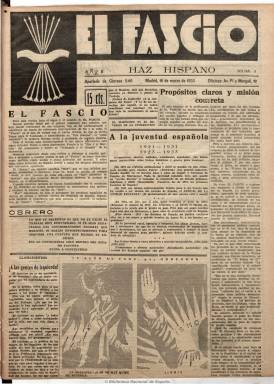
Título: El Fascio (Madrid)
Colección: Fascismo
Ámbito geográfico: Madrid
Lugar de publicación: Madrid
Fechas: 16/03/1933-16/03/1933

Revista efímera, subtitulada “haz hispano” con el yugo y las flechas en su cabecera, que publica un solo número y que apenas tuvo difusión al ser retirada casi íntegramente su edición por la policía de la República y sufrir el boicot de los vendedores, y que fue prohibido que continuara publicándose. Aparece al mes y medio de arrebatar Hitler el poder a la socialdemocracia en Alemania, y lo hace para propagar la doctrina del fascismo y unir en la acción a los falangistas y jonsistas españoles liderados por José Antonio Primo de Rivera y Ramiro Ledesma Ramos, respectivamente.

De dieciséis páginas, fue dirigida por Manuel Delgado Barreto (1879-1936), director del periódico La nación, que había sido portavoz oficioso de la dictadura del general Miguel Primo de Rivera. Además de pedir a los fascistas españoles que se agruparan en “juntas de ofensa y defensa contra los enemigos de España”, que no eran otros que el “disolvente” comunismo y la masonería, se mofa del liberalismo y la democracia y acusa a los socialistas de pretender imponer una dictadura. Muestra su admiración por Mussolini y Hitler y defiende la formación de un Estado gremial y corporativo, es decir, nacional-sindicalista y católico, y busca un “caudillo” similar en España.

En ella publicaron el mismo Primo de Rivera (autor del artículo doctrinal firmado con la inicial E, del nombre de su marquesado), así como Ernesto Jiménez Caballero, Rafael Sánchez Mazas, Juan Aparicio, Julio Fuertes, César Ordaz y D. Delave. Incluyó numerosos anuncios publicitarios. En 2004 fue publicada una edición facsímil.